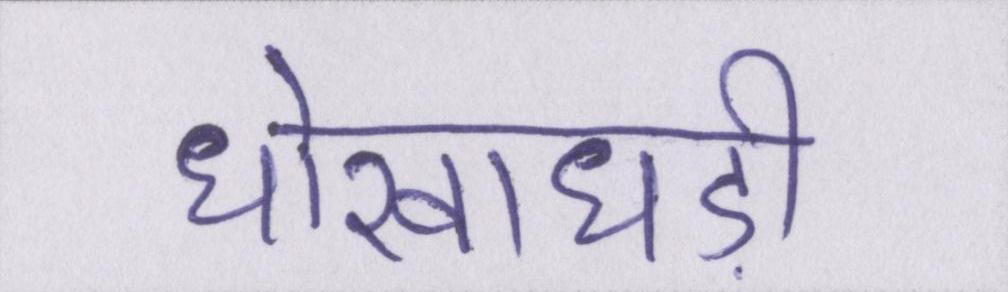
धोखाधड़ी